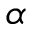
\alpha